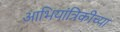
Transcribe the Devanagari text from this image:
आभियांत्रिकीच्या